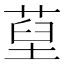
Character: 𦵐